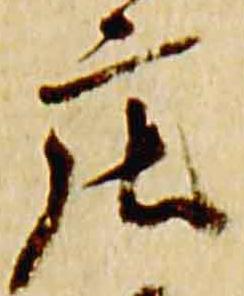
庄